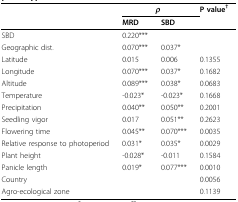
<table><thead><tr><td></td><td colspan="2"><b><i>ρ</i></b></td><td><b>P value<sup>†</sup></b></td></tr><tr><td></td><td><b>MRD</b></td><td><b>SBD</b></td><td></td></tr></thead><tbody><tr><td>SBD</td><td>0.220***</td><td></td><td></td></tr><tr><td>Geographic dist.</td><td>0.070***</td><td>0.037*</td><td></td></tr><tr><td>Latitude</td><td>0.015</td><td>0.006</td><td>0.1355</td></tr><tr><td>Longitude</td><td>0.070***</td><td>0.037*</td><td>0.1682</td></tr><tr><td>Altitude</td><td>0.089***</td><td>0.038*</td><td>0.0683</td></tr><tr><td>Temperature</td><td>-0.023*</td><td>-0.023*</td><td>0.1668</td></tr><tr><td>Precipitation</td><td>0.040**</td><td>0.050**</td><td>0.2001</td></tr><tr><td>Seedling vigor</td><td>0.017</td><td>0.051**</td><td>0.2623</td></tr><tr><td>Flowering time</td><td>0.045**</td><td>0.070***</td><td>0.0035</td></tr><tr><td>Relative response to photoperiod</td><td>0.031*</td><td>0.035*</td><td>0.0029</td></tr><tr><td>Plant height</td><td>-0.028*</td><td>-0.011</td><td>0.1584</td></tr><tr><td>Panicle length</td><td>0.019*</td><td>0.077***</td><td>0.0010</td></tr><tr><td>Country</td><td></td><td></td><td>0.0056</td></tr><tr><td>Agro-ecological zone</td><td></td><td></td><td>0.1139</td></tr></tbody></table>